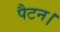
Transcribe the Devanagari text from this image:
पैटन।